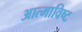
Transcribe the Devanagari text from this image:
आत्माविष्ट